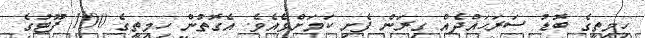
ހިމިތީގެ ބޮޑު ސަރަހައްދެއް ގިރަން ފެށި ކަމަށްވެއެވެ. އެގޮތުން ހިމިތީގެ 100 ފޫޓުގެ